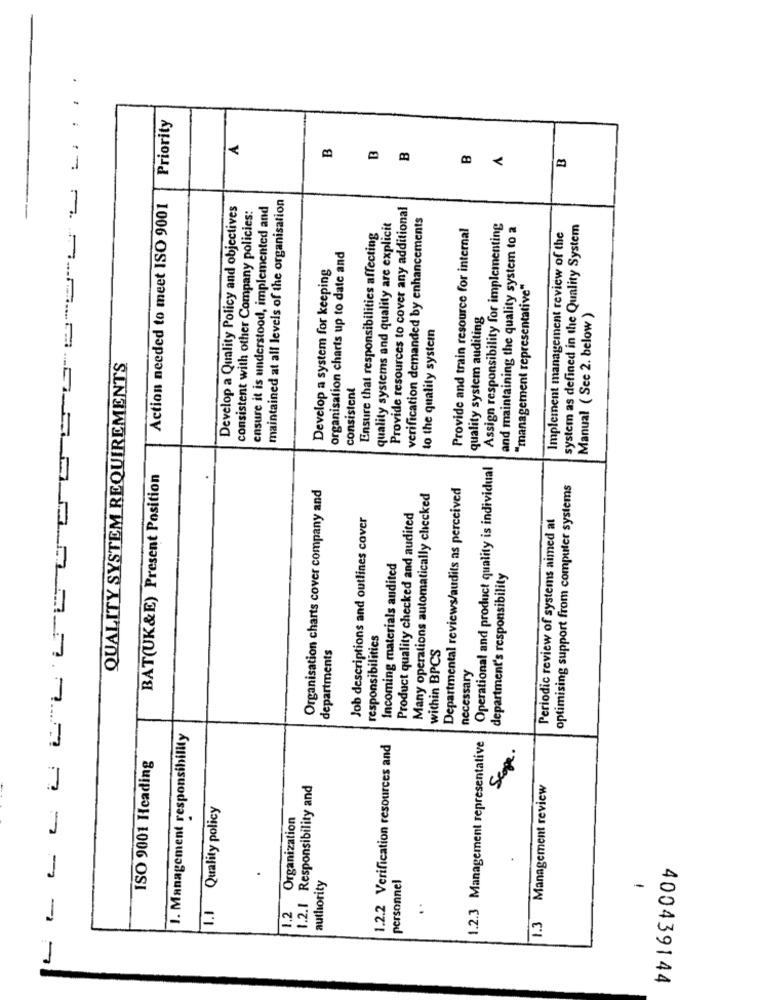
.....
Priority
A
B
B
B
A
maintained at all levels of the organisation
Action needed to meet ISO 9001
Develop a Quality Policy and objectives
consistent with other Company policies:
ensure it is understood, implemented and
Provide resources to cover any additional
verification demanded by enhancements
quality systems and quality are explicit
Provide and train resource for internal
Assign responsibility for implementing
and maintaining the quality system to a
system as defined in the Quality System
Ensure that responsibilities affecting
Implement management review of the
organisation charts up to date and
Develop a system for keeping
"management representative"
quality system auditing
Manual ( See 2. below )
to the quality systemn
QUALITY SYSTEM REQUIREMENTS
consistent
Operational and product quality is individual
BAT(UK&E) Present Position
Organisation charts cover company and
Departmental reviews/audits as perceived
optimising support from computer systems
Many operations automatically checked
Job descriptions and outlines cover
Product quality checked and audited
Periodic review of systems aimed at
Incoming materials audited
department's responsibility
responsibilities
departments
within BPCS
necessary
1. Management responsibility
1.2.2 Verification resources and
1.2.3 Management representative
Scope.
ISO 9001 Heading
1.2.1 Responsibility and
1.3 Management review
1.1 Quality policy
1.2 Organization
personnel
authority
-
. .
400439144